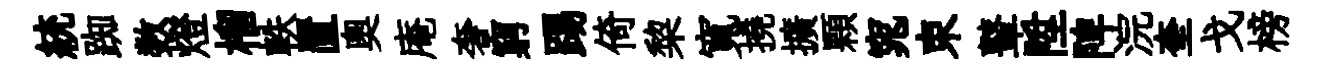
統踟数燈榴軼置奧庵奢窮踢倚棃寬撓擴顆窕束鼙陞陴浣奎戈榜